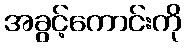
အခွင့်ကောင်းကို